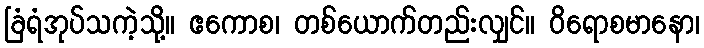
ခြံရံအုပ်သကဲ့သို့။ ဧကောစ၊ တစ်ယောက်တည်းလျှင်။ ဝိရောစမာနော၊